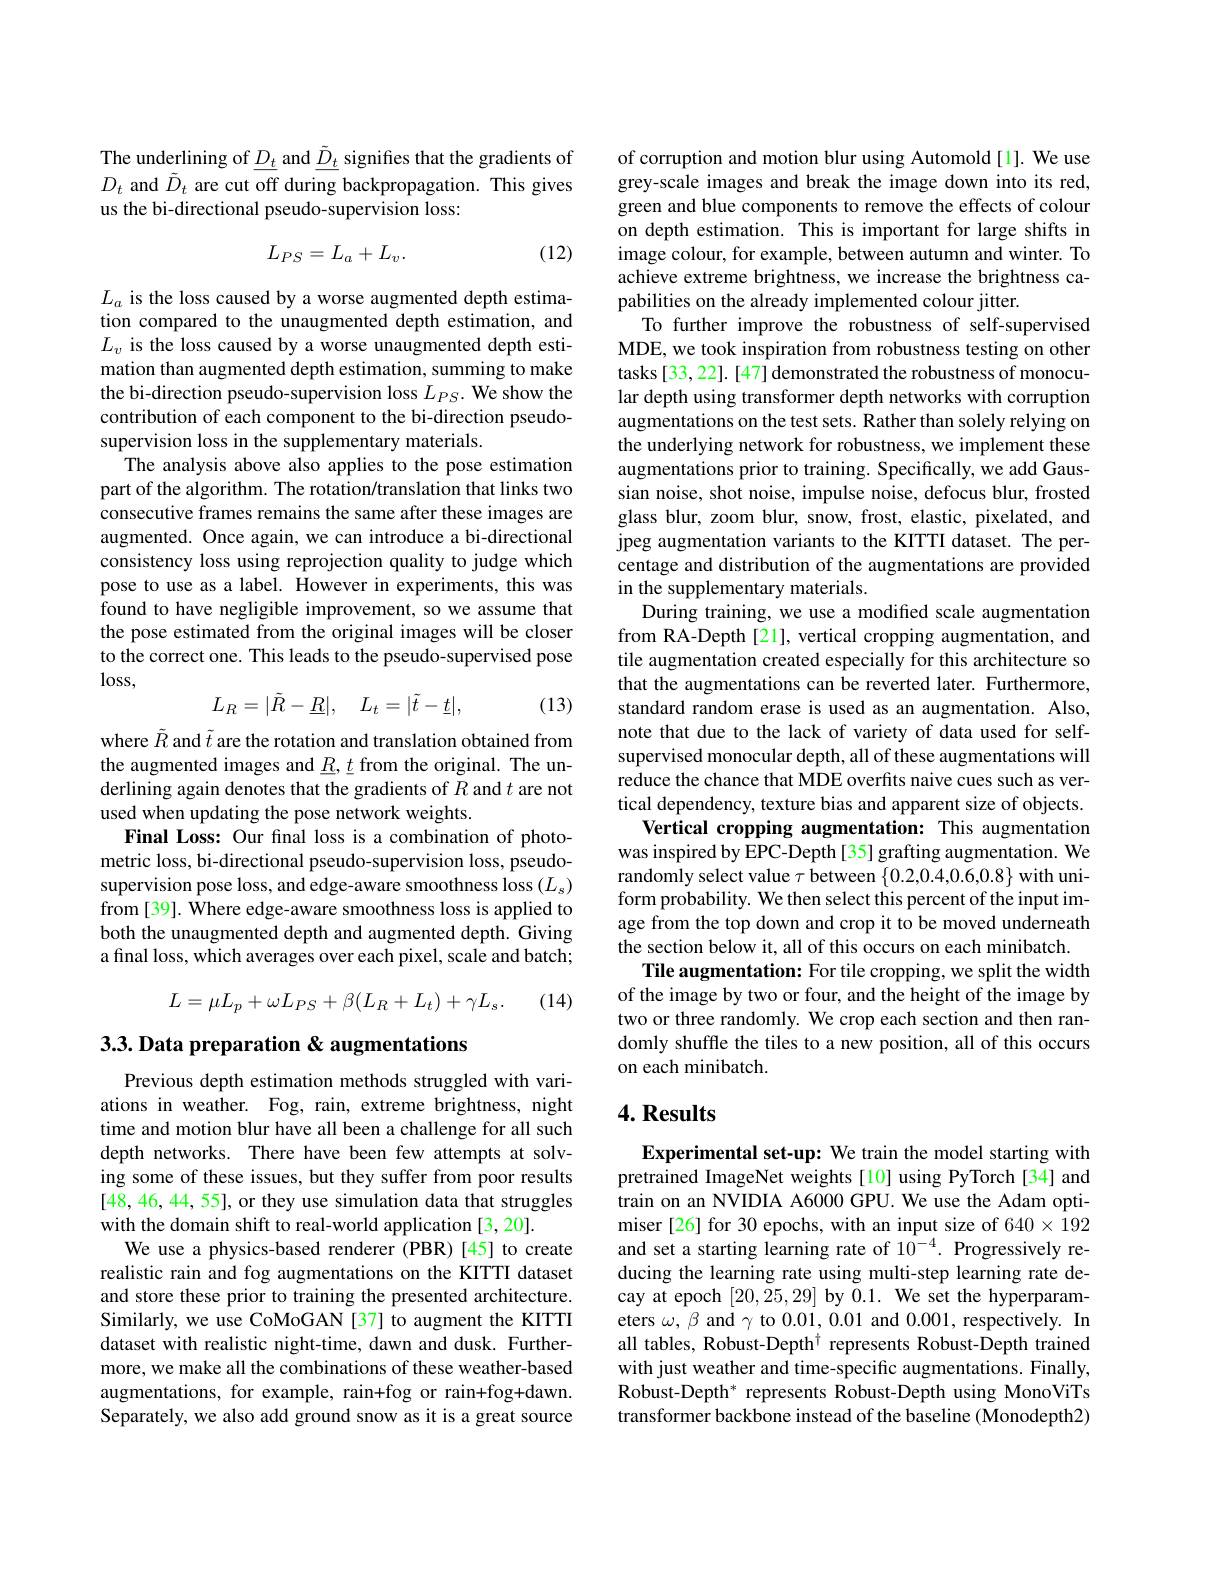
The underlining of $\underline{D_{t}}$ and $\underline\tilde{D}_{t}$ signifies that the gradients of $D_t$ and $\tilde{D}_t$ are cut off during backpropagation. This gives us the bi-directional pseudo-supervision loss:
$$L_{PS}=L_{a}+L_{v}.$$
(12)

$L_a$ is the loss caused by a worse augmented depth estimation compared to the unaugmented depth estimation, and $L_v$ is the loss caused by a worse unaugmented depth estimation than augmented depth estimation, summing to make the bi-direction pseudo-supervision loss $L_PS.$ We show the contribution of each component to the bi-direction pseudosupervision loss in the supplementary materials.
The analysis above also applies to the pose estimation part of the algorithm. The rotation/translation that links two consecutive frames remains the same after these images are augmented. Once again, we can introduce a bi-directional consistency loss using reprojection quality to judge which pose to use as a label. However in experiments, this was found to have negligible improvement, so we assume that the pose estimated from the original images will be closer to the correct one. This leads to the pseudo-supervised pose $\log$ss,
$$L_{R}=|\tilde{R}-\underline{R}|,\quad L_{t}=|\tilde{t}-\underline{t}|,$$
(13)

where $\tilde{R}$ and $\tilde{t}$ are the rotation and translation obtained from the augmented images and $\underline R,\underline{t}$ from the original. The underlining again denotes that the gradients of $R$ and $t$ are not used when updating the pose network weights.
Final Loss: Our fınal loss is a combination of photometric loss, bi-directional pseudo-supervision loss, pseudosupervision pose loss, and edge-aware smoothness loss $(L_s)$ from [39]. Where edge-aware smoothness loss is applied to both the unaugmented depth and augmented depth. Giving a final loss, which averages over each pixel, scale and batch;
$$L=\mu L_p+\omega L_{PS}+\beta(L_R+L_t)+\gamma L_s.$$
(14)

## $3. 3. \textbf{Data preparation}\&$ augmentations

Previous depth estimation methods struggled with variations in weather. Fog, rain, extreme brightness, night time and motion blur have all been a challenge for all such depth networks. There have been few attempts at solving some of these issues, but they suffer from poor results [48,46,44,55], or they use simulation data that struggles with the domain shift to real-world application [3,20].
We use a physics-based renderer (PBR)[45] to create realistic rain and fog augmentations on the KITTI dataset and store these prior to training the presented architecture. Similarly, we use CoMoGAN [37] to augment the KITTI dataset with realistic night-time, dawn and dusk. Furthermore, we make all the combinations of these weather-based augmentations, for example, rain+fog or rain+fog+dawn. Separately, we also add ground snow as it is a great source

of corruption and motion blur using Automold[l]. We use grey-scale images and break the image down into its red, green and blue components to remove the effects of colour on depth estimation. This is important for large shifts in image colour, for example, between autumn and winter. To achieve extreme brightness, we increase the brightness capabilities on the already implemented colour jitter.
To further improve the robustness of self-supervised MDE, we took inspiration from robustness testing on other tasks[33,22].[47] demonstrated the robustness of monocular depth using transformer depth networks with corruption augmentations on the test sets. Rather than solely relying on the underlying network for robustness, we implement these augmentations prior to training. Specifically, we add Gaussian noise, shot noise, impulse noise, defocus blur, frosted glass blur, zoom blur, snow, frost, elastic, pixelated, and jpeg augmentation variants to the KITTI dataset. The percentage and distribution of the augmentations are provided in the supplementary materials.
During training, we use a modified scale augmentation from RA-Depth[21], vertical cropping augmentation, and tile augmentation created especially for this architecture so that the augmentations can be reverted later. Furthermore, standard random erase is used as an augmentation. Also, note that due to the lack of variety of data used for selfsupervised monocular depth, all of these augmentations will reduce the chance that MDE overfits naive cues such as vertical dependency, texture bias and apparent size of objects.
Vertical cropping augmentation: This augmentation was inspired by EPC-Depth[35] grafting augmentation. We randomly select value $\tau$ between $\{0.2,0.4,0.6,0.8\}$ with uniform probability. We then select this percent of the input image from the top down and crop it to be moved underneath the section below it, all of this occurs on each minibatch.
Tile augmentation: For tile cropping, we split the width of the image by two or four, and the height of the image by two or three randomly. We crop each section and then randomly shuffle the tiles to a new position, all of this occurs on each minibatch.

## $4. \textbf{Results}$

Experimental set-up: We train the model starting with pretrained ImageNet weights[10] using PyTorch[34] and $\tilde{\text{train on an NVIDIA A6000 GPU. We use the Adam opti-}}$ miser [26] for 30 epochs, with an input size of $640\times192$ and set a starting learning rate of $1\tilde{0}^{-4}.$ Progressively reducing the learning rate using multi-step learning rate decay at epoch [20,25,29] by 0.1. We set the hyperparameters $\omega,\beta$ and $\gamma$ to 0.01,0.01 and 0.001, respectively. In all tables, Robust-Depth$^\dagger$ represents Robust-Depth trained with just weather and time-specific augmentations. Finally, Robust-Depth* represents Robust-Depth using MonoViTs transformer backbone instead of the baseline (Monodepth2)